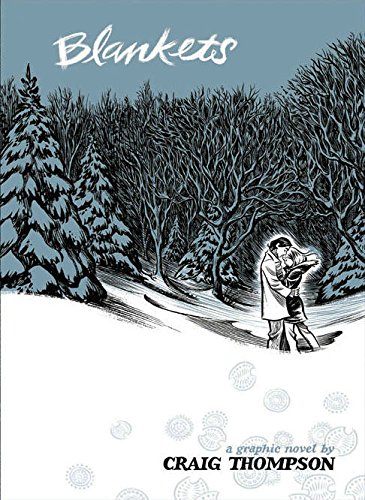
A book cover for Blankets; Craig Thompson; Comics & Graphic Novels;